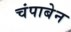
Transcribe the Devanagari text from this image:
चंपाबेन